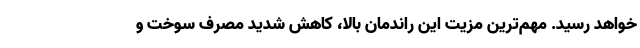
خواهد رسید. مهم‌ترین مزيت این راندمان بالا، کاهش شديد مصرف سوخت و